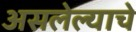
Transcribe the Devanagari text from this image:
असलेल्याचे